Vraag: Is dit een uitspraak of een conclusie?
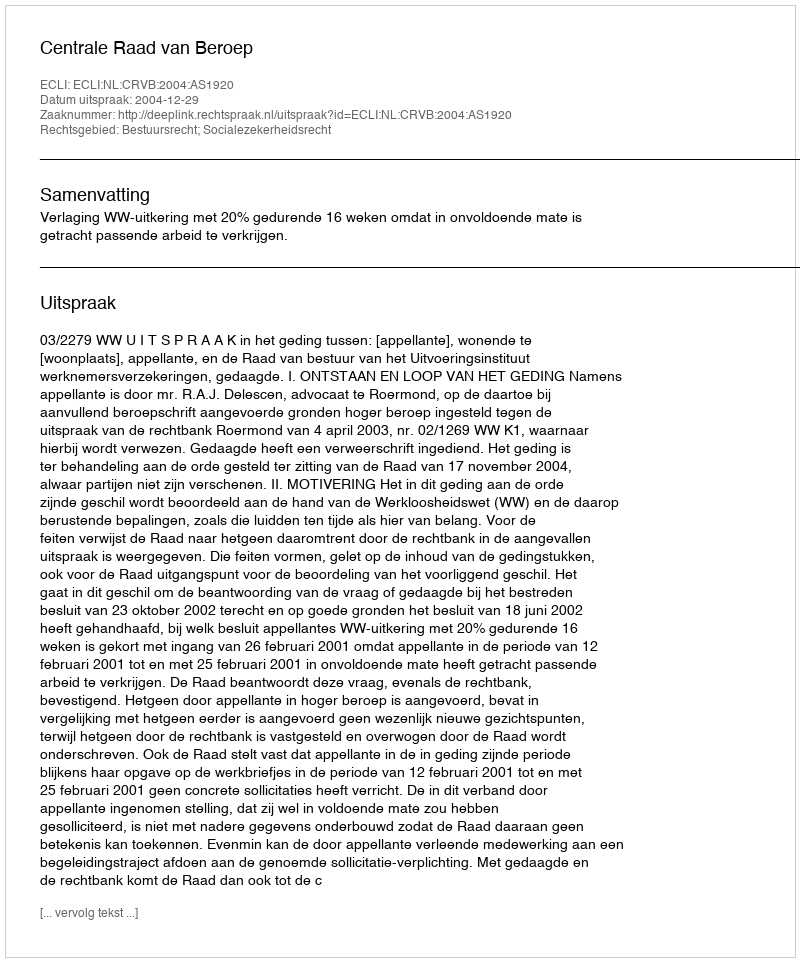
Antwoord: Uitspraak